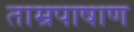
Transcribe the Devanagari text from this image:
ताम्रपाषाण